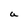
Character: a